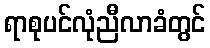
ရာစုပင်လုံညီလာခံတွင်